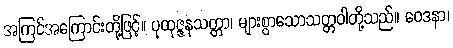
အကြင်အကြောင်းတို့ဖြင့်။ ပုထုဇ္ဇနသတ္တာ၊ များစွာသောသတ္တဝါတို့သည်။ ဝေဒနာ၊